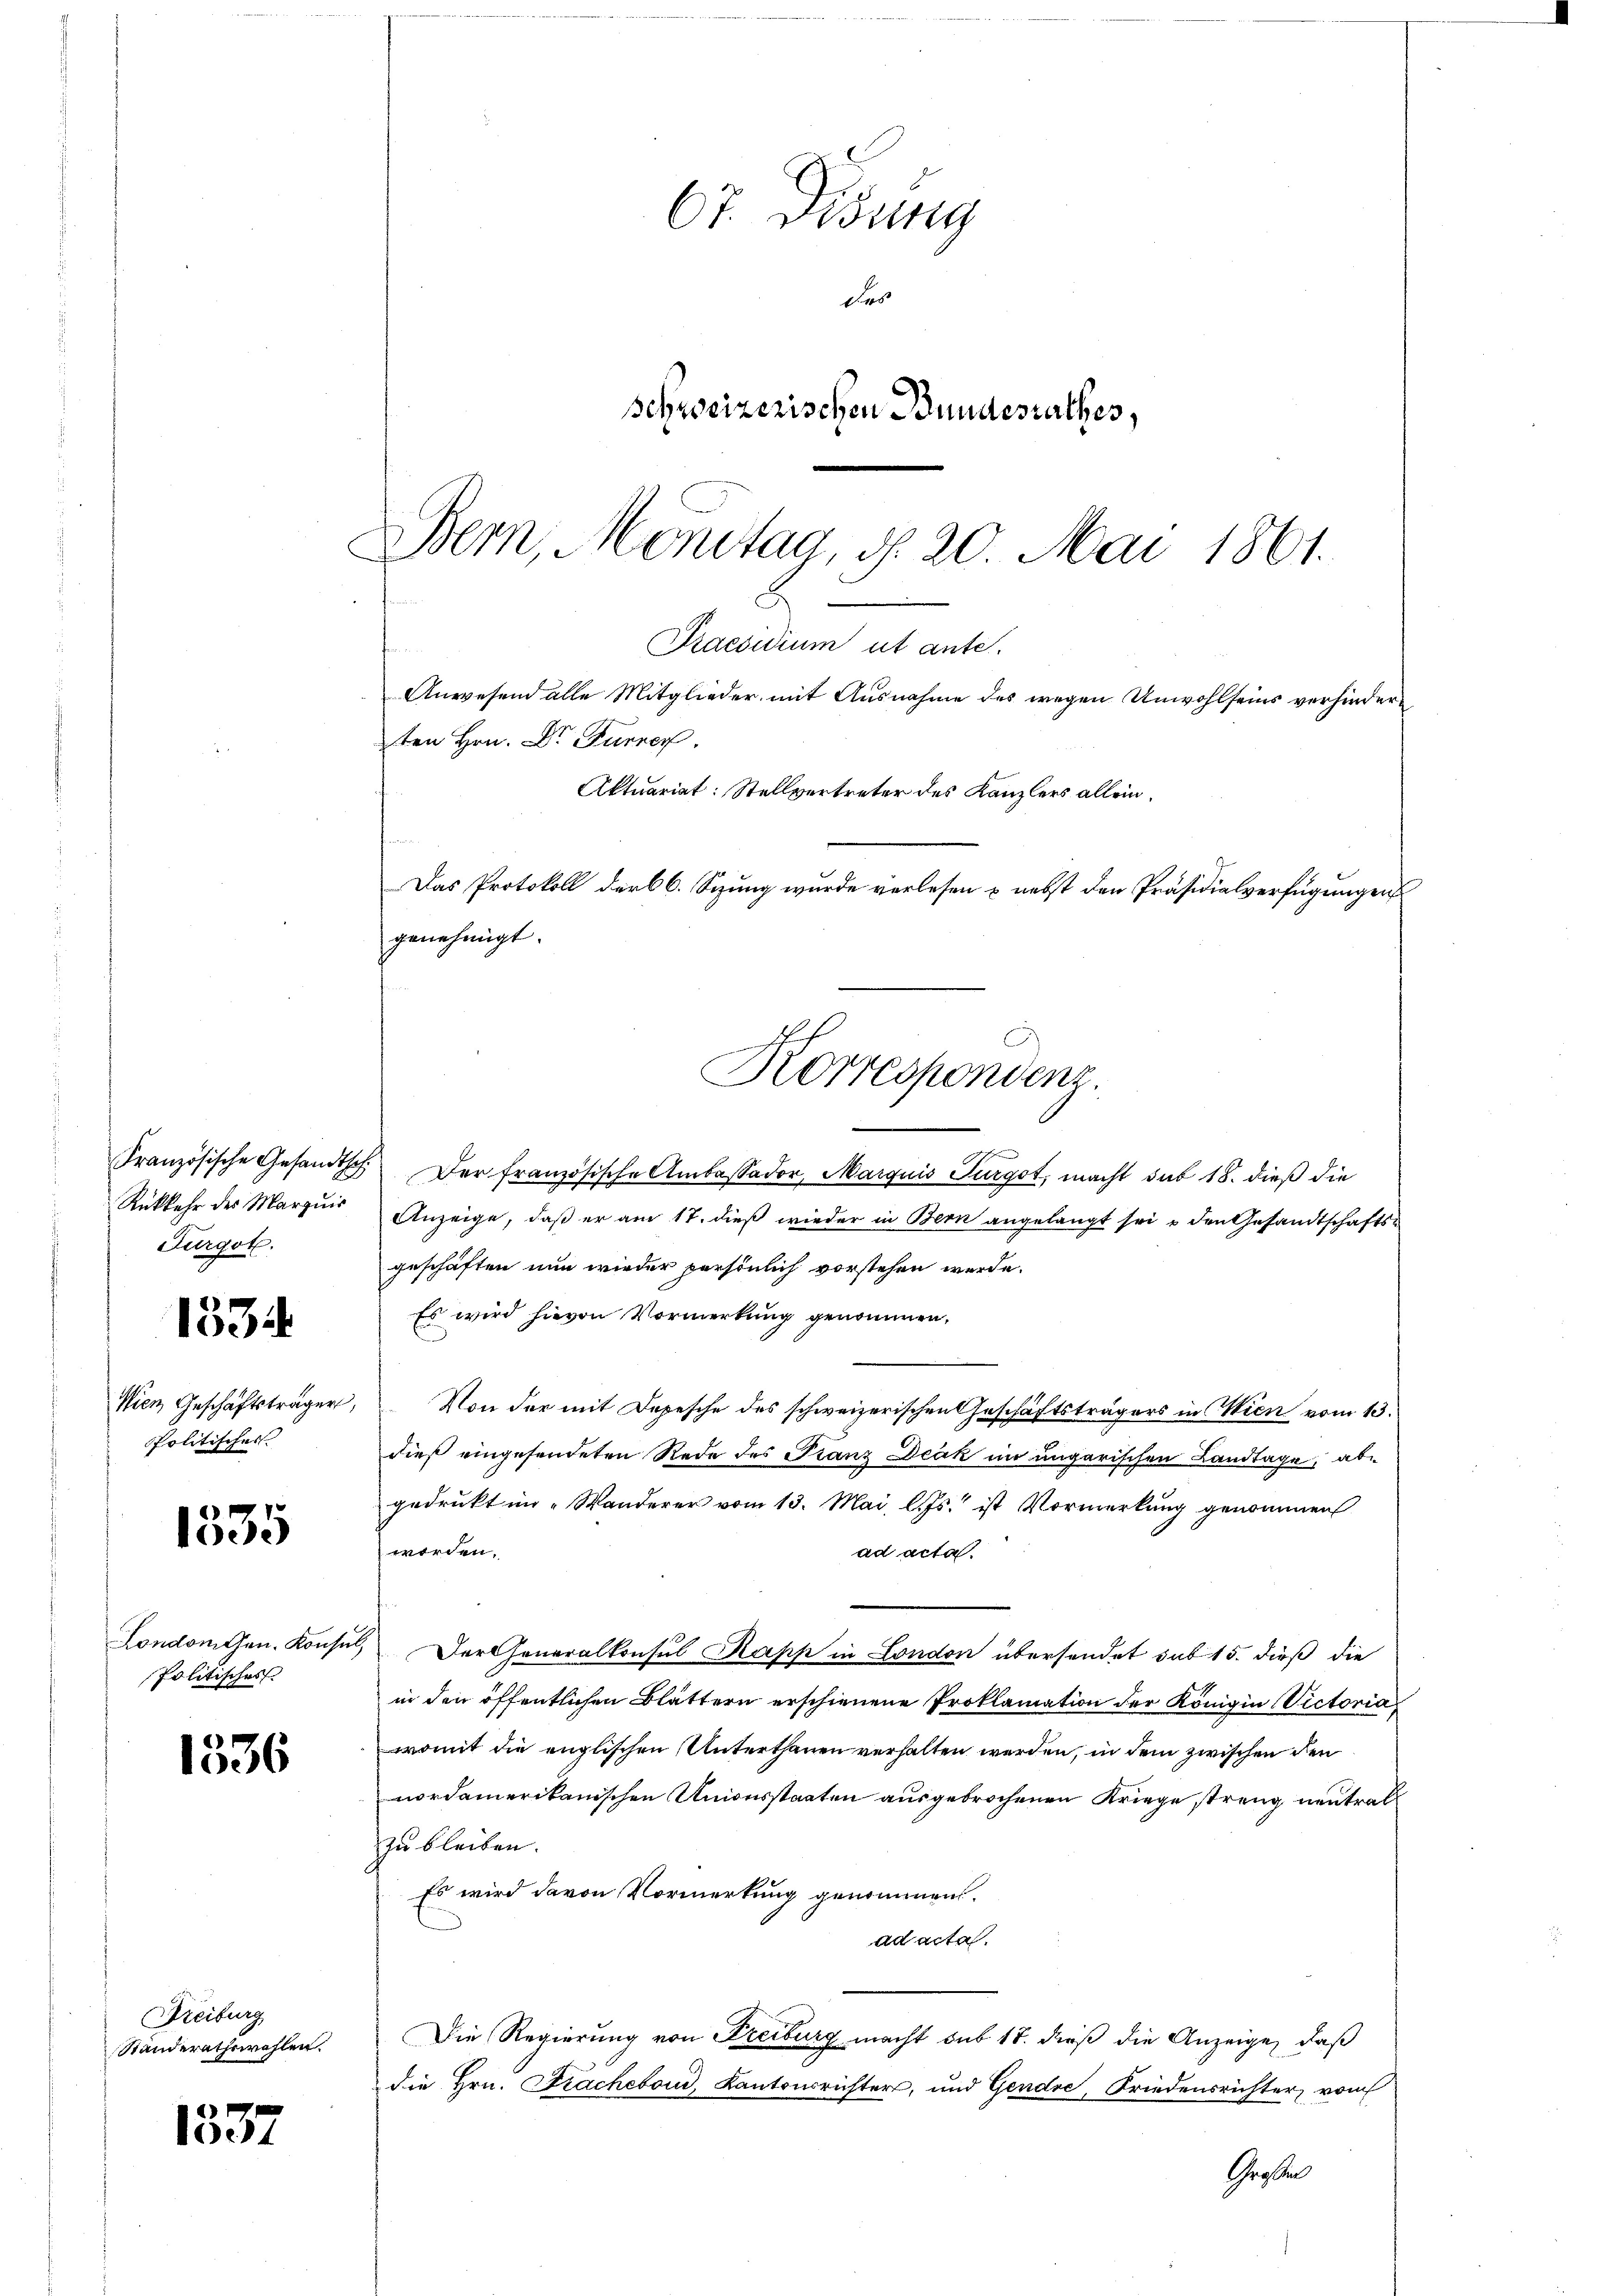
1334

Wien Geschäftsträger,
Politisches

1335

1536

Freiburg
Standerathswahlen.

1337

Bern Konstag, d. 20. Mai 1861.
B
Praesidium ut ante.
e
Anwesend alle Mitglieder mit Ausnahme des wegen Unwohlseins verhindern
ten Hrn. Dr Furrer.
Aktuariat: Stellvertreter des Kanzlers allein,
Das Protokoll der 6. Sitzung wurde vorlesen & nebst den Präsidialverfügungen
genehmigt.
Korrespondenz.

Französische Gesandts
Rükkehr des Marquis
Furgot.

London Gen. Konsul
politisches

Dr. Fidung
des
schweizerischen Bundesrathes,

Der französische Ambassador, Marquis Furgot, macht sub 18. dieß die
Anzeige, daß er am 17. dieß wieder in Bern angelangt sei u den Gesandtschaftsgeschäften nun wieder persönlich vorstehen werde.
Es wird hievon Vormerkung genommen,
Von der mit Depesche des schweizerischen Geschäftsträgers in Wien vom 13.
dieß eingesendeten Rede des Franz Deák im ungarischen Landtage, abgedrukt im „Wanderer vom 13. Mai, l. Js. ist Vormerkung genommen
worden.
ad acta.
Ier Generalkonsul Kapp in London übersendet sub 15. dieß die
in den öffentlichen Blättern erschienene Proklamation der Königin Victoria
womit die englischen Unterthanen verhalten werden, in dem zwischen den
nordamerikanischen Unionsstaaten ausgebrochenen Kriege streng neutral
zu bleiben.
Es wird davon Vormerkung genommen.
ad acta.
Die Regierung von Freiburg macht sub 18. dieß die Anzeige, daß
die Hrn. Fracheboud, Kantonsrichter, und Gendre, Friedensrichter, vom
Grodel